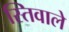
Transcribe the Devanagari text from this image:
स्तिवाले